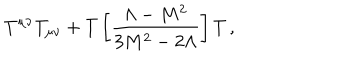
LaTeX: T ^ { \mu \nu } T _ { \mu \nu } + T \left[ \frac { \Lambda - M ^ { 2 } } { 3 M ^ { 2 } - 2 \Lambda } \right] T \, ,